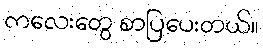
ကလေးတွေ စာပြပေးတယ်။